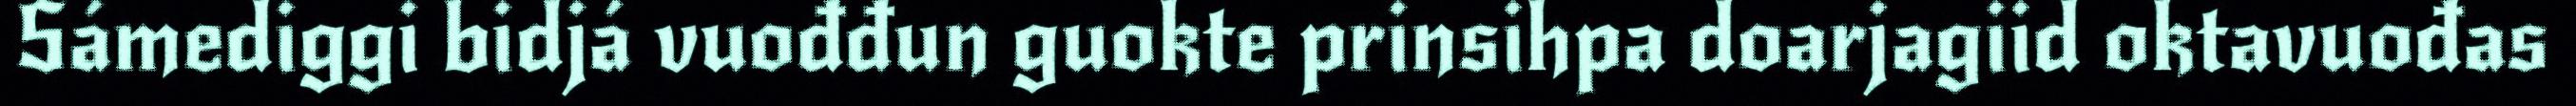
Sámediggi bidjá vuođđun guokte prinsihpa doarjagiid oktavuođas